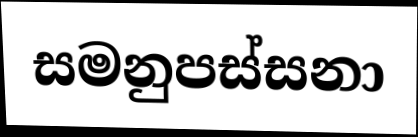
සමනුපස්සනා